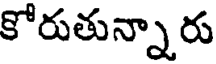
కోరుతున్నారు